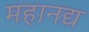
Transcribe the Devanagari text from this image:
महानद्य